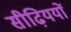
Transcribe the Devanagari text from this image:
सीढ़िययों